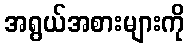
အရွယ်အစားများကို